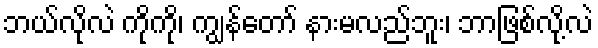
ဘယ်လိုလဲ ကိုကို၊ ကျွန်တော် နားမလည်ဘူး၊ ဘာဖြစ်လို့လဲ